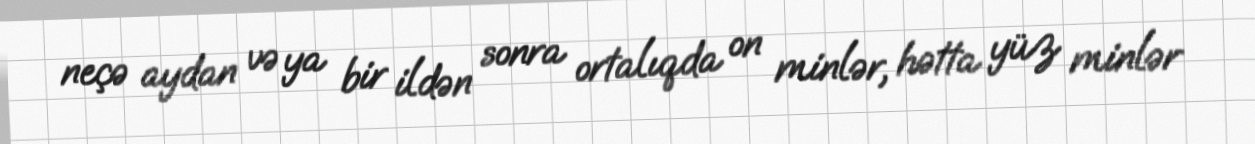
neçə aydan və ya bir ildən sonra ortalıqda on minlər, hətta yüz minlər